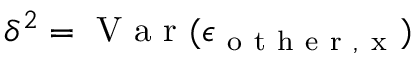
\delta ^ { 2 } = \mathrm { ~ V ~ a ~ r ~ } ( \epsilon _ { \mathrm { ~ o ~ t ~ h ~ e ~ r ~ , ~ x ~ } } )